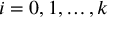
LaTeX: i = 0 , 1 , \ldots , k